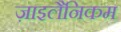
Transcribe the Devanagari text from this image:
ज़ाइलैनिकम